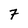
Character: 7